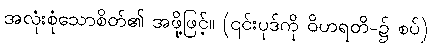
အလုံးစုံသောစိတ်၏ အဖို့ဖြင့်။ (၎င်းပုဒ်ကို ဝိဟရတိ-၌ စပ်)